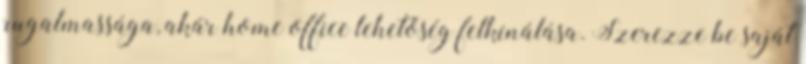
rugalmassága, akár home office lehetőség felkínálása. Szerezze be saját